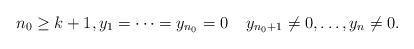
LaTeX: \begin{align*} n_0 \ge k+1, y_1 = \cdots = y_{n_0} = 0 \;\;\;\; y_{n_0+1} \neq 0, \ldots, y_n \neq 0.\end{align*}